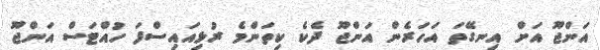
އަންޖޫ އަށް އިނގޭތަ އަހަރެން އަންޖޫ ދެކެ ކިތަންމެ ރުޅިއައިސްފަ ހުއްޓަސް އަންޖޫ